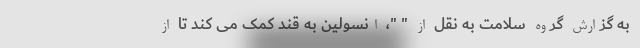
به گزارش گروه سلامت به نقل از " "، انسولین به قند کمک می کند تا از